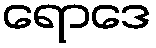
ရောဒေ